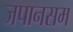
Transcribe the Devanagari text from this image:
जपानसम